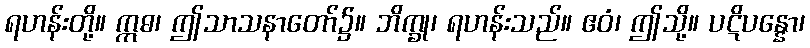
ရဟန်းတို့။ ဣဓ၊ ဤသာသနာတော်၌။ ဘိက္ခု၊ ရဟန်းသည်။ ဧဝံ၊ ဤသို့။ ပဋိပန္နော၊